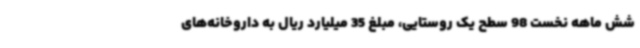
شش ماهه نخست 98 سطح یک روستایی، مبلغ 35 میلیارد ریال به داروخانه‌های